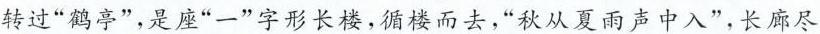
转过”鹤亭”，是座”一”字形长楼，循楼而去，”秋从夏雨声中入”，长廊尽